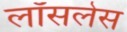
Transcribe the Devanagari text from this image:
लॉसलेस